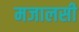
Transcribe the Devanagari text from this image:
मजालसी